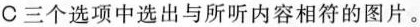
C 三个选项中选出与所听内容相符的图片。